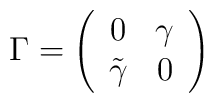
\Gamma = \left(\begin{array}{cc}0  & \gamma \\\tilde{\gamma} & 0 \\\end{array}\right)